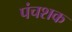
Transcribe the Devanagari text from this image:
पंचशक